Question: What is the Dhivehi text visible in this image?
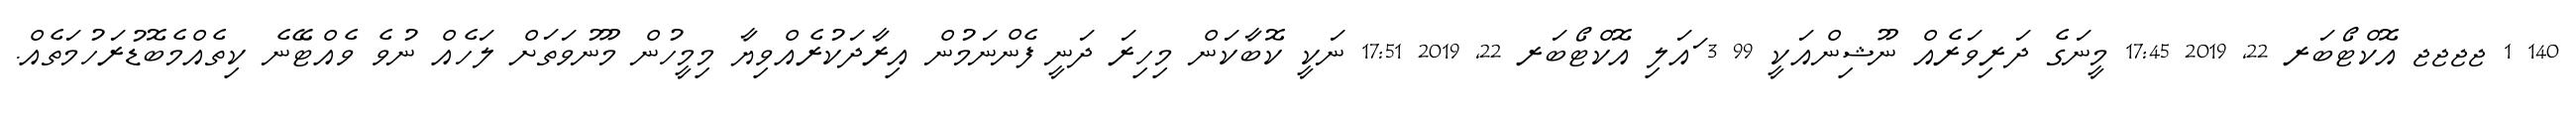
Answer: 140 1 ޖޖޖޖ އޮކްޓޯބަރ 22, 2019 17:45 މީނަގެ ދަރިވަރެއް ނޫޝިންއަކީ 99 3 ައަލި އޮކްޓޯބަރ 22, 2019 17:51 ނަކީ ކޮބާކަން މިހިރަ ދަނީ ފެންނަމުން އިރާދަކުރެއްވިޔާ މިމީހުން މޫނުވަތަށް ލަހެއް ނުވެ ވެއްޓޭނެ ކިތެއްމެބޮޑުރަހުމަތެއް.